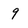
Character: 9